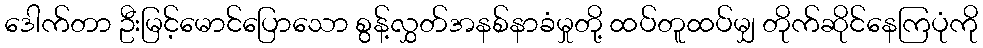
ဒေါက်တာ ဦးမြင့်မောင်ပြောသော စွန့်လွှတ်အနစ်နာခံမှုတို့ ထပ်တူထပ်မျှ တိုက်ဆိုင်နေကြပုံကို